Annual administration and progress report of the Indian Medical Department, Bombay
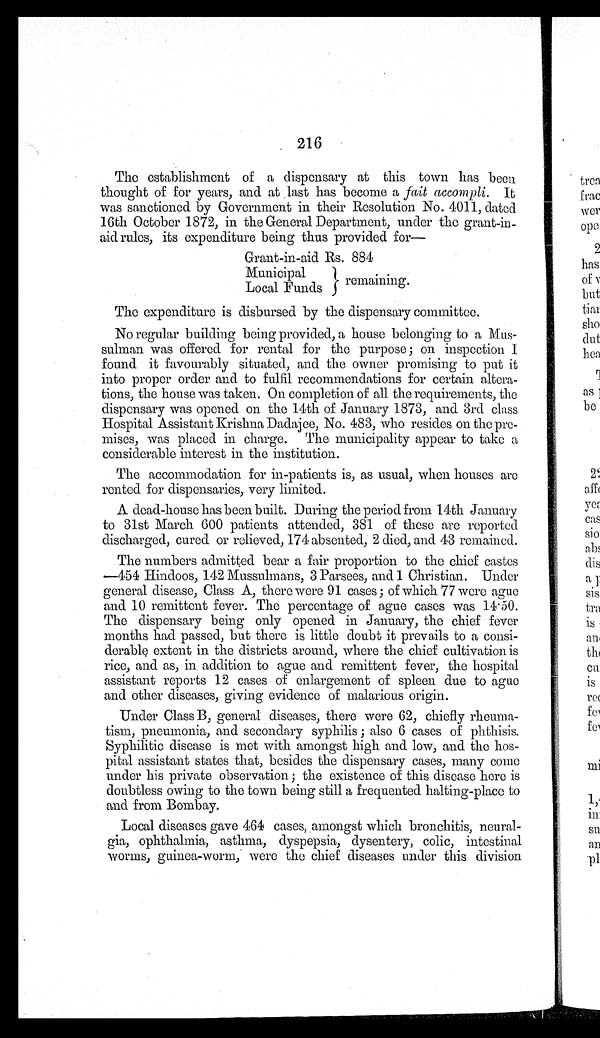
216
The establishment of a dispensary at this town has been
thought of for years, and at last has become a fait a ccompli. It
was sanctioned by Government in their Resolution No. 4011, dated
16th October 1872, in the General Department, under the grant-in
-aid rules, its expenditure being thus provided for—
Grant-in-aid Rs. 884
Municipal
Local Funds
The expenditure is disbursed by the dispensary committee.
No regular building being provided, a house belonging to a Mus
-sulman was offered for rental for the purpose; on inspection I
found it favourably situated, and the owner promising to put it
into proper order and to fulfil recommendations for certain altera
-tions, the house was taken. On completion of all the requirements, the
dispensary was opened on the 14th of January 1873, and 3rd class
Hospital Assistant Krishna Dadajee, No. 483, who resides on the pre-
mises, was placed in charge. The municipality appear to take a
considerable interest in the institution.
The accommodation for in-patients is, as usual, when houses are
rented for dispensaries, very limited.
A dead-house has been built. During the period from 14th January
to 31st March 600 patients attended, 381 of these are reported
discharged, cured or relieved, 174 absented, 2 died, and 43 remained.
The numbers admitted bear a fair proportion to the chief castes
—454 Hindoos, 142 Mussulmans, 3 Parsees, and 1 Christian. Under
general disease, Class A, there were 91 cases; of which 77 were ague
and 10 remittent fever. The percentage of ague cases was 14.50.
The dispensary being only opened in January, the chief fever
months had passed, but there is little doubt it prevails to a consi
-derable extent in the districts around, where the chief cultivation is
rice, and as, in addition to ague and remittent fever, the hospital
assistant reports 12 cases of enlargement of spleen due to ague
and other diseases, giving evidence of malarious origin.
Under Class B, general diseases, there were 62, chiefly rheuma
-tism, pneumonia, and secondary syphilis; also 6 cases of phthisis.
Syphilitic disease is met with amongst high and low, and the hos-
pital assistant states that, besides the dispensary cases, many come
under his private observation; the existence of this disease here is
doubtless owing to the town being still a frequented halting-place to
and from Bombay.
Local diseases gave 464 cases, amongst which bronchitis, neural
-gia, ophthalmia, asthma, dyspepsia, dysentery, colic, intestinal
worms, guinea-worm, were the chief diseases under this division
remaining.